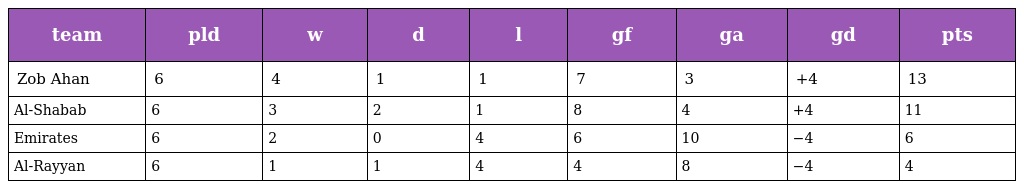
| team | pld | w | d | l | gf | ga | gd | pts |
 | --- | --- | --- | --- | --- | --- | --- | --- | --- |
 | Zob Ahan | 6 | 4 | 1 | 1 | 7 | 3 | +4 | 13 |
 | Al-Shabab | 6 | 3 | 2 | 1 | 8 | 4 | +4 | 11 |
 | Emirates | 6 | 2 | 0 | 4 | 6 | 10 | −4 | 6 |
 | Al-Rayyan | 6 | 1 | 1 | 4 | 4 | 8 | −4 | 4 |